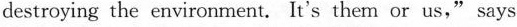
destroying the environment. It's them or us,"says